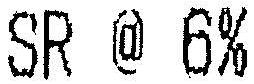
SR @ 6%